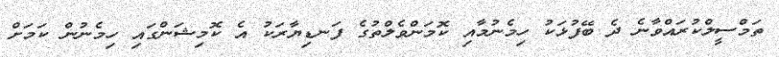
ތަމްސީލްކުރައްވާނެ ދެ ބޭފުޅަކު ހިމެނުމާއި ކޮމަންވެލްތުގެ ފަނޑިޔާރަކު އެ ކޮމިޝަންގައި ހިމެނުން ކަމަށް